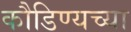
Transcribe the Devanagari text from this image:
कौडिण्यच्या